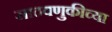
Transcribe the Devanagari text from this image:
साठवणुकीच्या